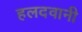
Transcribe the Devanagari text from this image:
हलदवानी